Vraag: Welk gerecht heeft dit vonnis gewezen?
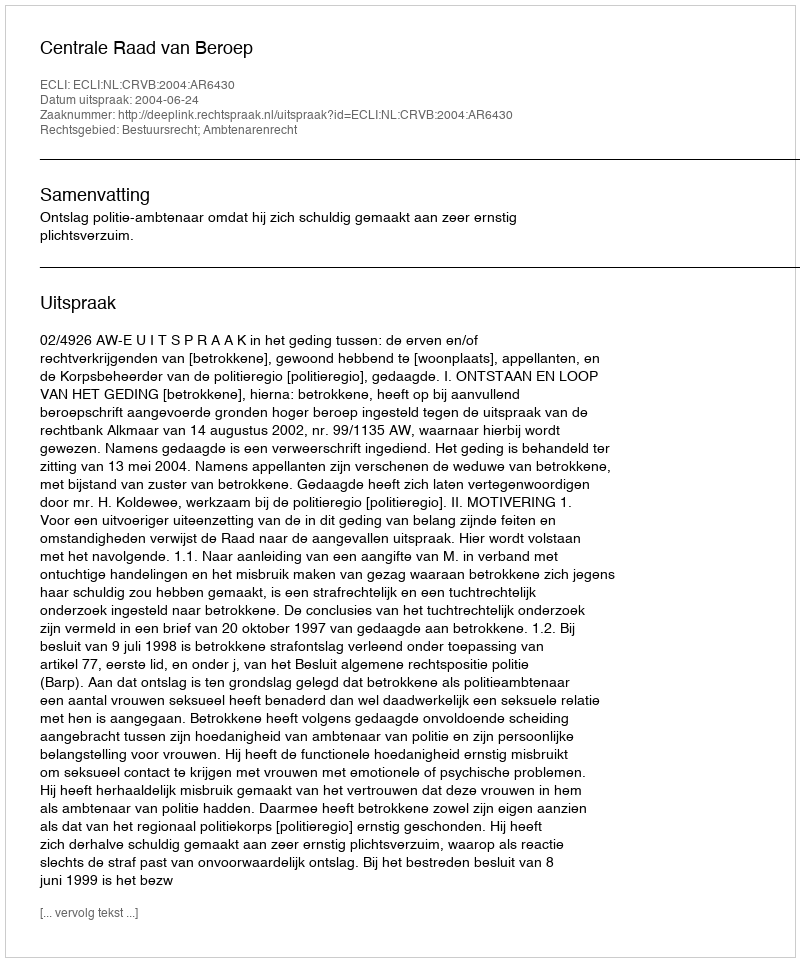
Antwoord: Centrale Raad van Beroep